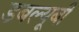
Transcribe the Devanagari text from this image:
डबल्यूबी